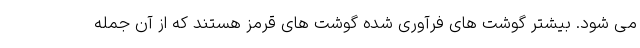
می شود. بیشتر گوشت های فرآوری شده گوشت های قرمز هستند که از آن جمله